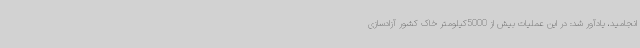
انجامید، یادآور شد: در این عملیات بیش از 5000کیلومتر خاک کشور آزادسازی